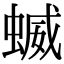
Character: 蝛